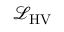
{ \mathcal { L } } _ { \mathrm { H V } }